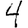
Digit: 4